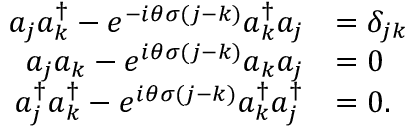
\begin{array} { r l } { { a } _ { j } { a } _ { k } ^ { \dagger } - e ^ { - i \theta \sigma ( j - k ) } { a } _ { k } ^ { \dagger } { a } _ { j } } & { = \delta _ { j k } } \\ { { a } _ { j } { a } _ { k } - e ^ { i \theta \sigma ( j - k ) } { a } _ { k } { a } _ { j } } & { = 0 } \\ { { a } _ { j } ^ { \dagger } { a } _ { k } ^ { \dagger } - e ^ { i \theta \sigma ( j - k ) } { a } _ { k } ^ { \dagger } { a } _ { j } ^ { \dagger } } & { = 0 . } \end{array}